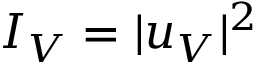
I _ { V } = | u _ { V } | ^ { 2 }